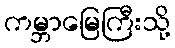
ကမ္ဘာမြေကြီးသို့